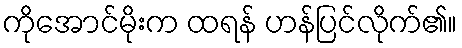
ကိုအောင်မိုးက ထရန် ဟန်ပြင်လိုက်၏။